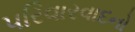
પરિવારવાદનો